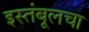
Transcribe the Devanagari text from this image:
इस्तंबूलचा